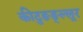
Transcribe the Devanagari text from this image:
कीटुङङ्ल्लूर